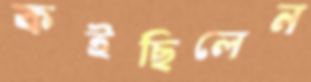
কইছিলেন